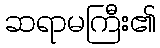
ဆရာမကြီး၏